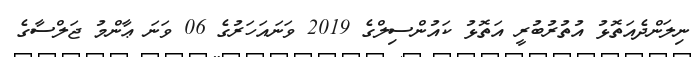
ނިލަންދެއަތޮޅު އުތުރުބުރީ އަތޮޅު ކައުންސިލްގެ 2019 ވަނައަހަރުގެ 06 ވަނަ ޢާންމު ޖަލްސާގެ